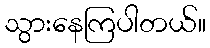
သွားနေကြပါတယ်။